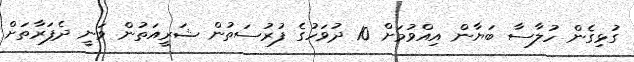
ގުޅިގެން ހުލާސާ ބަޔާން އިއްވުމަށް 10 ދުވަހުގެ ފުރުސަތުން ޝަރީއަތުން ވަނީ ދެފަރާތަށް